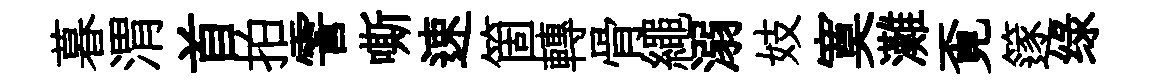
暮渭首拍霅嘶速箇轉骨繩溺妓寞灘覔篴绿